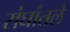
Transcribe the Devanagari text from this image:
संघांतले